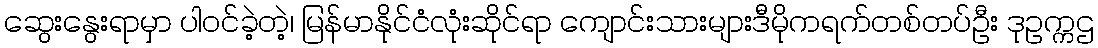
ဆွေးနွေးရာမှာ ပါဝင်ခဲ့တဲ့၊ မြန်မာနိုင်ငံလုံးဆိုင်ရာ ကျောင်းသားများဒီမိုကရက်တစ်တပ်ဦး ဒုဥက္ကဌ